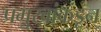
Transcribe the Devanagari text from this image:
प्रमुखांकडून